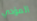
المؤدي